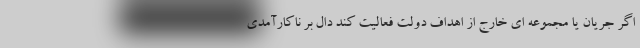
اگر جریان یا مجموعه ای خارج از اهداف دولت فعالیت کند دال بر ناکارآمدی